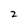
Character: 2